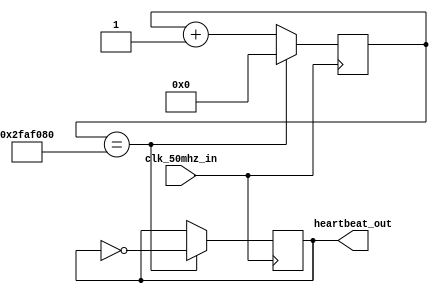
// Very crude 1Hz heartbeat

module heartbeat(
	input clk_50mhz_in,
	output heartbeat_out
);

localparam frq_hz = 50000000;

reg [31:0] clk_count = 'h0;

reg heartbeat = 1'b0;

assign heartbeat_out = heartbeat;

always @ (posedge clk_50mhz_in) begin
	clk_count <= clk_count + 1'b1;
	if(clk_count == frq_hz) begin
		heartbeat <= ~heartbeat;
		clk_count <= 'h0;
	end
end

endmodule